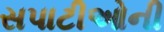
સપાટીઓની